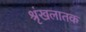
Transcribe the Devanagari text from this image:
श्रृंखलातक